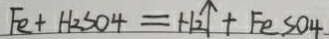
F e + H _ { 2 } S O _ { 4 } = H _ { 2 } \uparrow + F e S 0 4